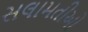
સલામતીઓ